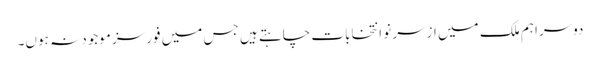
دوسرا ہم ملک میں ازسر نو انتخابات چاہتے ہیں جس میں فورسز موجود نہ ہوں۔